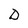
Character: D